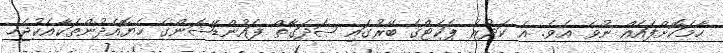
ހާމަކޮށްފައެއް ނުވެ އެވެ. އެ ކަދުރު ޕަކެޓްގެ ބޭރުގައި ޞަދަގާތް ފައުންޑޭޝަންގެ ހެޔޮއެދުންތަކާއެކުޖެހި